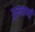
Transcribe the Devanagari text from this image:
गुरूबाणी